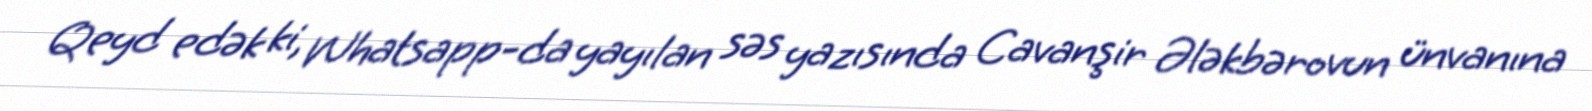
Qeyd edək ki, Whatsapp-da yayılan səs yazısında Cavanşir Ələkbərovun ünvanına